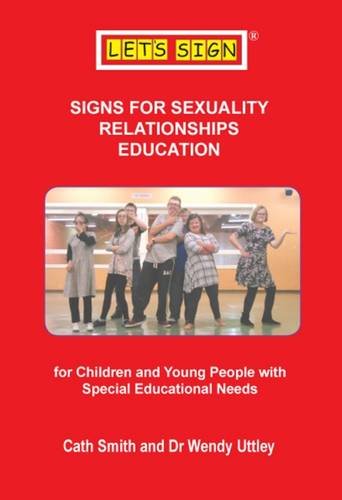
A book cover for Signs for Sexuality Relationships Education: For Children and Young People with Special Educational Needs (Let's Sign BSL); Cath Smith; Teen & Young Adult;